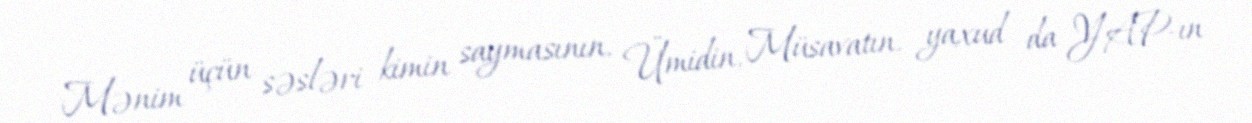
Mənim üçün səsləri kimin saymasının, Ümidin, Müsavatın, yaxud da YAP-ın